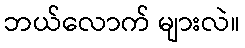
ဘယ်လောက် များလဲ။